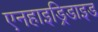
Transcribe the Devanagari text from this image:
एनहाइड्रिडाइड